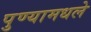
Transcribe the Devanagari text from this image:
पुण्यामधले